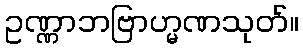
ဥဏ္ဏာဘဗြာဟ္မဏသုတ်။